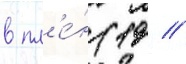
в пл'е́н (19 //